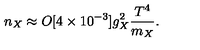
n _ { X } \approx O [ 4 \times 1 0 ^ { - 3 } ] g _ { X } ^ { 2 } \frac { T ^ { 4 } } { m _ { X } } .